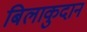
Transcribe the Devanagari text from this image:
बिलाकुदान